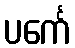
ပင်္ကေ